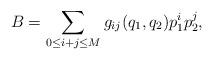
LaTeX: \begin{align*}B=\sum_{0\leq i+j \leq M}g_{ij}(q_{1},q_{2})p_{1}^{i}p_{2}^{j},\end{align*}